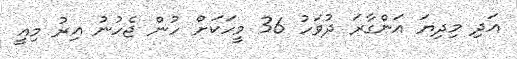
އަދި މިދިޔަ އަންގާރަ ދުވަހު 36 މީހަކަށް ހުން ޖެހުނު އިރު މިއީ